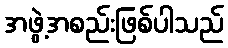
အဖွဲ့အစည်းဖြစ်ပါသည်